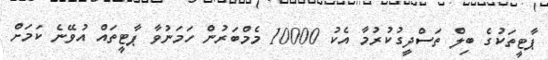
ޕާޓީތަކުގެ ބިލް ތަސްދީގުކުރުމާ އެކު 10000 މެމްބަރުން ހަމަނުވާ ޕާޓީތައް އުވޭނެ ކަމަށް